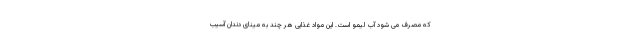
که مصرف می شود آب لیمو است. این مواد غذایی هر چند به مینای دندان آسیب